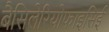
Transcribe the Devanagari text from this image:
बैसिलेरियोफाइसिई